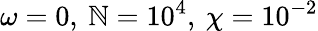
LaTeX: \omega=0,\: \mathbb{N}=10^{4},\: \chi=10^{-2}